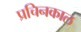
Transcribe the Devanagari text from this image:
प्रचिनकाल